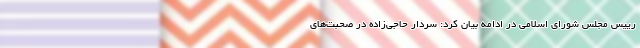
رییس مجلس شورای اسلامی در ادامه بیان کرد: سردار حاجی‌زاده در صحبت‌های